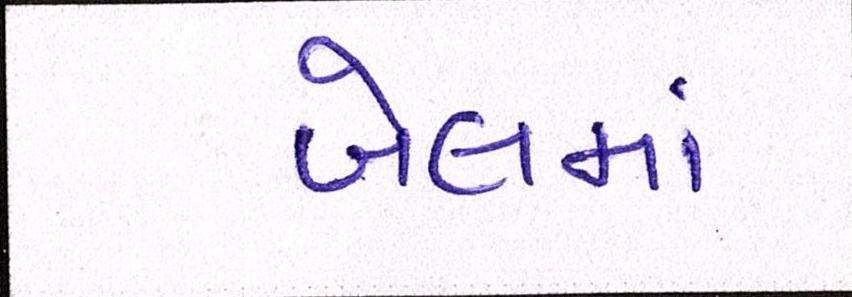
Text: બેલમાં